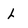
Character: L